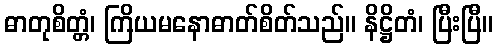
ဓာတုစိတ္တံ၊ ကြိယမနောဓာတ်စိတ်သည်။ နိဋ္ဌိတံ၊ ပြီးပြီ။